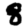
Digit: 8